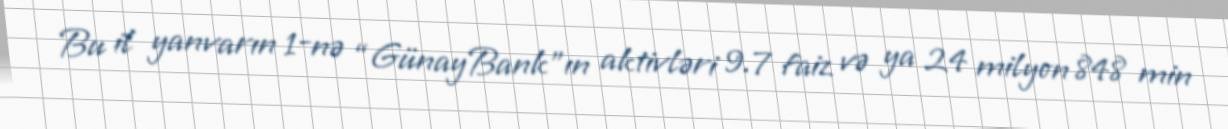
Bu il yanvarın 1-nə “GünayBank”ın aktivləri 9.7 faiz və ya 24 milyon 848 min